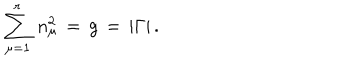
LaTeX: \sum _ { \mu = 1 } ^ { r } \, n _ { \mu } ^ { 2 } \, = \, g \, = \, | \Gamma | \, .